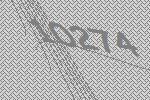
10274